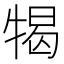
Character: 㹇